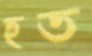
হত